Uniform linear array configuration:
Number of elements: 24
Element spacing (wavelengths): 1
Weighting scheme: kaiser
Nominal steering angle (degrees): -45
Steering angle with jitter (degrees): -43.82
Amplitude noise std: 0.05
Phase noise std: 0.05

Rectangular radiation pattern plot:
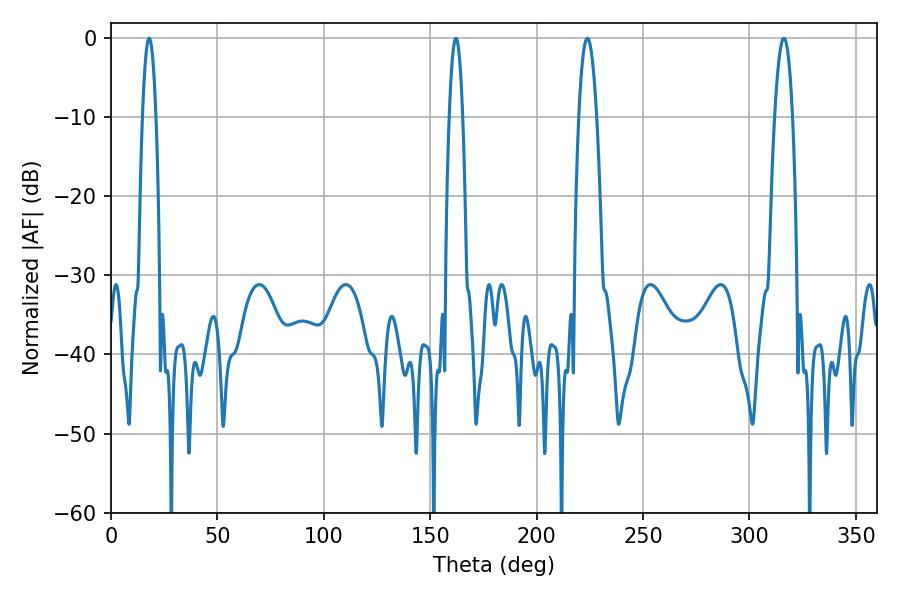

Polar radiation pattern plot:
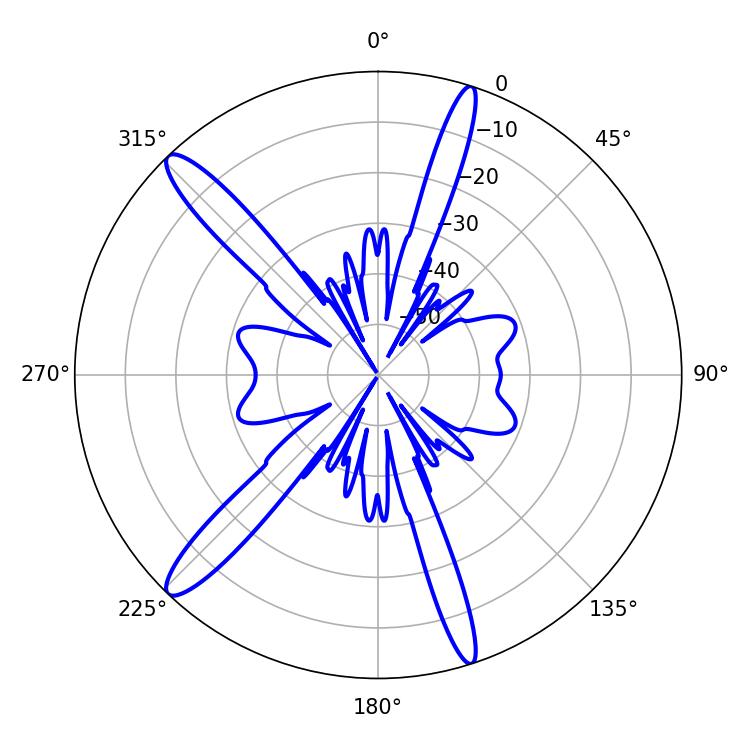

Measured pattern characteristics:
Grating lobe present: TRUE
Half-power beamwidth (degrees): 4.68
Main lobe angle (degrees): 223.74